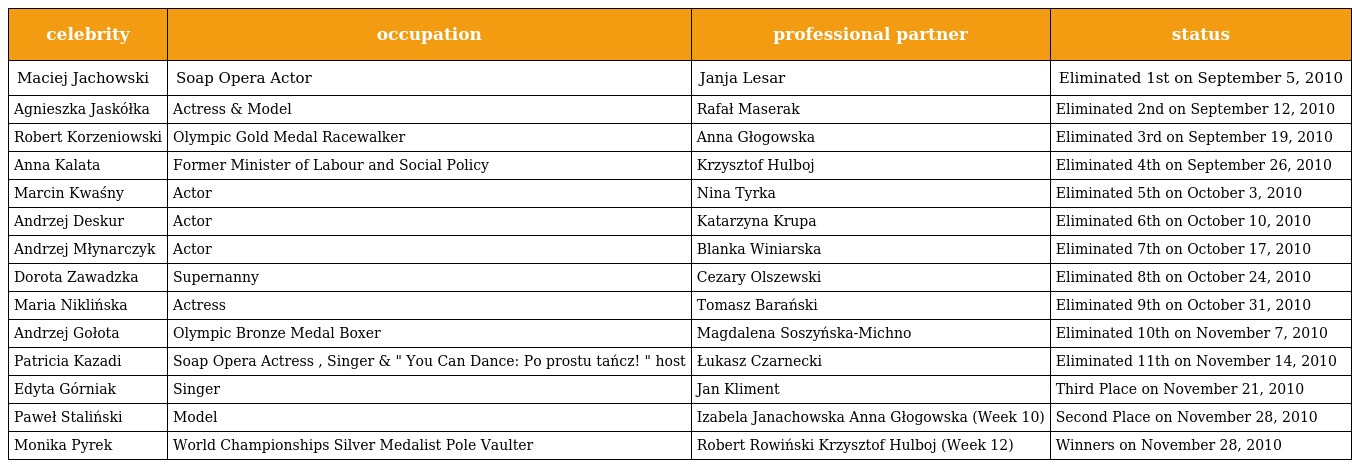
| celebrity | occupation | professional partner | status |
 | --- | --- | --- | --- |
 | Maciej Jachowski | Soap Opera Actor | Janja Lesar | Eliminated 1st on September 5, 2010 |
 | Agnieszka Jaskółka | Actress & Model | Rafał Maserak | Eliminated 2nd on September 12, 2010 |
 | Robert Korzeniowski | Olympic Gold Medal Racewalker | Anna Głogowska | Eliminated 3rd on September 19, 2010 |
 | Anna Kalata | Former Minister of Labour and Social Policy | Krzysztof Hulboj | Eliminated 4th on September 26, 2010 |
 | Marcin Kwaśny | Actor | Nina Tyrka | Eliminated 5th on October 3, 2010 |
 | Andrzej Deskur | Actor | Katarzyna Krupa | Eliminated 6th on October 10, 2010 |
 | Andrzej Młynarczyk | Actor | Blanka Winiarska | Eliminated 7th on October 17, 2010 |
 | Dorota Zawadzka | Supernanny | Cezary Olszewski | Eliminated 8th on October 24, 2010 |
 | Maria Niklińska | Actress | Tomasz Barański | Eliminated 9th on October 31, 2010 |
 | Andrzej Gołota | Olympic Bronze Medal Boxer | Magdalena Soszyńska-Michno | Eliminated 10th on November 7, 2010 |
 | Patricia Kazadi | Soap Opera Actress , Singer & " You Can Dance: Po prostu tańcz! " host | Łukasz Czarnecki | Eliminated 11th on November 14, 2010 |
 | Edyta Górniak | Singer | Jan Kliment | Third Place on November 21, 2010 |
 | Paweł Staliński | Model | Izabela Janachowska Anna Głogowska (Week 10) | Second Place on November 28, 2010 |
 | Monika Pyrek | World Championships Silver Medalist Pole Vaulter | Robert Rowiński Krzysztof Hulboj (Week 12) | Winners on November 28, 2010 |